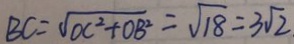
B C = \sqrt { O C ^ { 2 } + O B ^ { 2 } } = \sqrt { 1 8 } = 3 \sqrt { 2 }